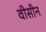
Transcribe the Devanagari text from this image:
वीसीन